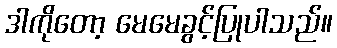
ဒါကိုတော့ မေမေခွင့်ပြုပါသည်။